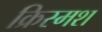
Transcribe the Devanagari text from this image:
क्रिस्मश